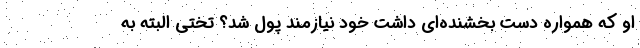
او که همواره دست بخشنده‌ای داشت خود نیازمند پول شد؟ تختی البته به